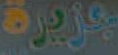
جزيرة